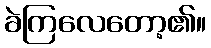
ခဲကြလေတော့၏။